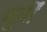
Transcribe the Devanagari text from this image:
मुर्तीं